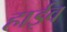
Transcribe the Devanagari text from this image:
हाईव